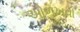
ઓળખવા